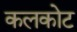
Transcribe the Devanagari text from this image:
कलकोट